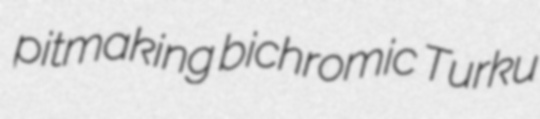
pitmaking bichromic Turku